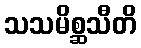
သသမိစ္ဆသီတိ